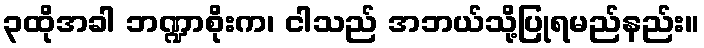
၃ထိုအခါ ဘဏ္ဍာစိုးက၊ ငါသည် အဘယ်သို့ပြုရမည်နည်း။